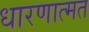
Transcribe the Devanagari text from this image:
धारणात्मत